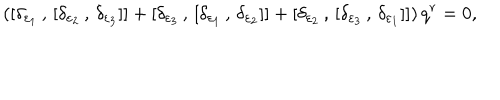
\left( [ \delta _ { \varepsilon _ { 1 } } \, , \, [ \delta _ { \varepsilon _ { 2 } } \, , \, \delta _ { \varepsilon _ { 3 } } ] ] + [ \delta _ { \varepsilon _ { 3 } } \, , \, [ \delta _ { \varepsilon _ { 1 } } \, , \, \delta _ { \varepsilon _ { 2 } } ] ] + [ \delta _ { \varepsilon _ { 2 } } \, , \, [ \delta _ { \varepsilon _ { 3 } } \, , \, \delta _ { \varepsilon _ { 1 } } ] ] \right) q ^ { r } = 0 ,